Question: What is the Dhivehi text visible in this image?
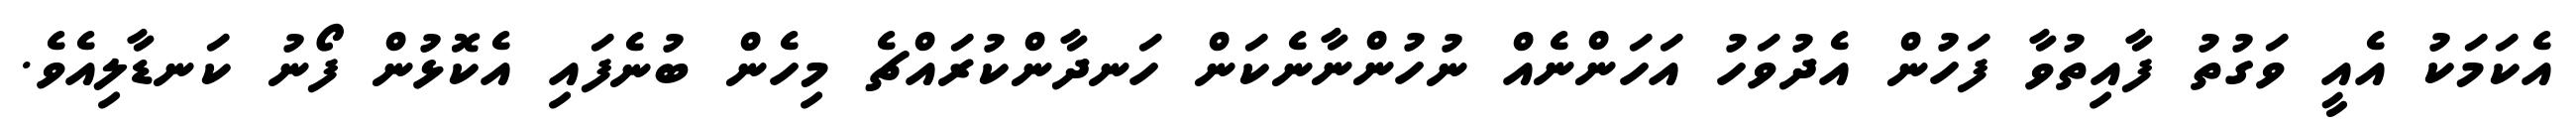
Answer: އެކަމަކު އެއީ ވަގުތު ފާއިތުވާ ފަހުން އެދުވަހު އަހަންނެއް ނުހުންނާނެކަން ހަނދާންކުރައްޗެ މިހެން ބުނެފައި އެކޮޅުން ފޯނު ކަނޑާލިއެވެ.